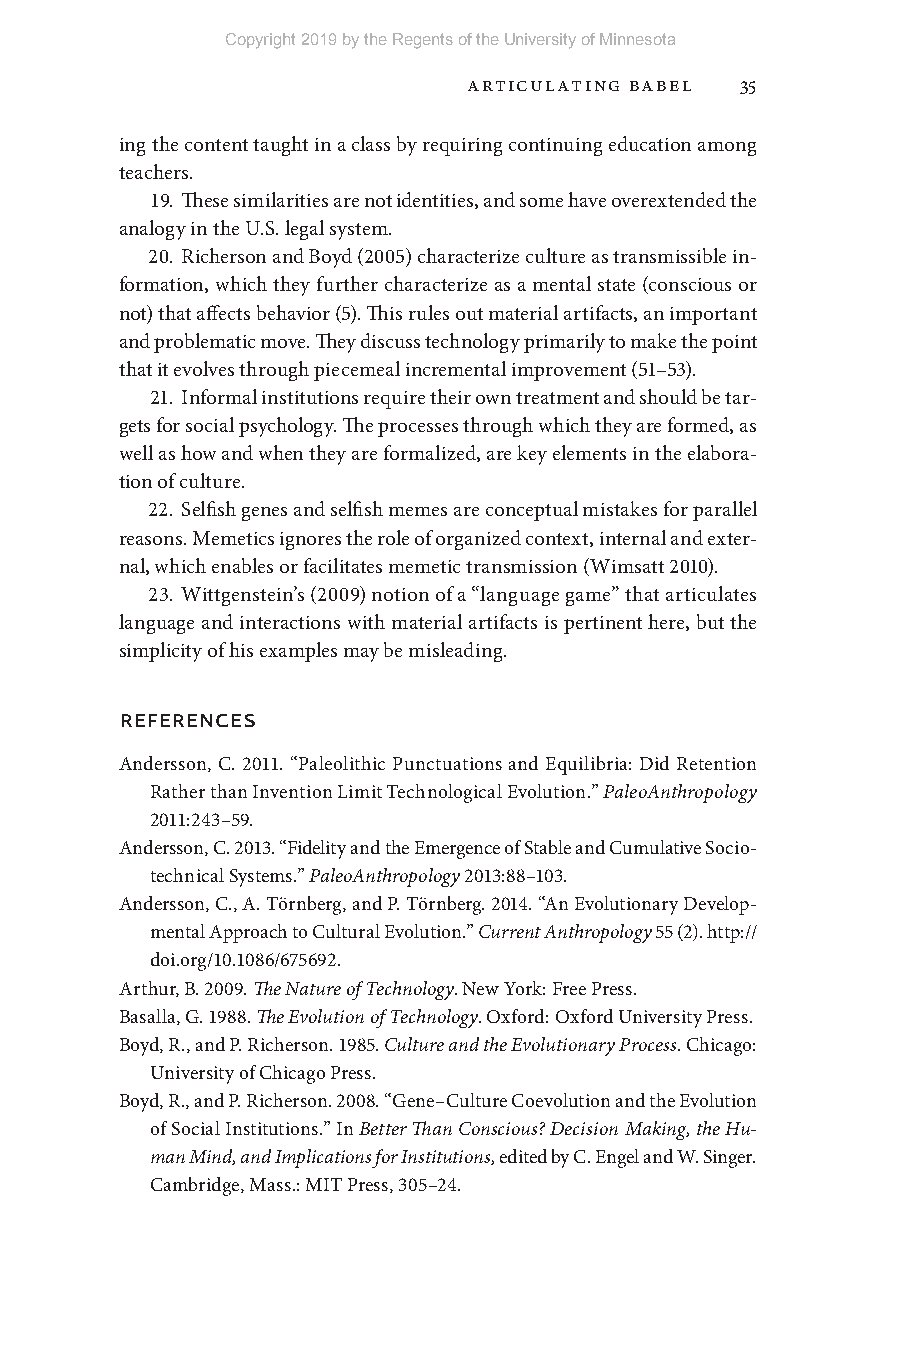
Copyright 2019 by the Regents of the University of Minnesota
 Articulating Babel 35
 ing the content taught in a class by requiring continuing education among
 teachers.
 19. These similarities are not identities, and some have overextended the
 analogy in the U.S. legal system.
 20. Richerson and Boyd (2005) characterize culture as transmissible in-
 formation, which they further characterize as a mental state (conscious or
 not) that affects behavior (5). This rules out material artifacts, an important
 and problematic move. They discuss technology primarily to make the point
 that it evolves through piecemeal incremental improvement (51– 53).
 21. Informal institutions require their own treatment and should be tar-
 gets for social psychology. The processes through which they are formed, as
 well as how and when they are formalized, are key elements in the elabora-
 tion of culture.
 22. Selfish genes and selfish memes are conceptual mistakes for parallel
 reasons. Memetics ignores the role of organized context, internal and exter-
 nal, which enables or facilitates memetic transmission (Wimsatt 2010).
 23. Wittgenstein’s (2009) notion of a “language game” that articulates
 language and interactions with material artifacts is pertinent here, but the
 simplicity of his examples may be misleading.
 reFerenCes
 Andersson, C. 2011. “Paleolithic Punctuations and Equilibria: Did Retention
 Rather than Invention Limit Technological Evolution.” PaleoAnthropology
 2011:243–5 9.
 Andersson, C. 2013. “Fidelity and the Emergence of Stable and Cumulative Socio-
 technical Systems.” PaleoAnthropology 2013:88–1 03.
 Andersson, C., A. Törnberg, and P. Törnberg. 2014. “An Evolutionary Develop-
 mental Approach to Cultural Evolution.” Current Anthropology 55 (2). http://
 doi.org/10.1086/675692.
 Arthur, B. 2009. The Nature of Technology. New York: Free Press.
 Basalla, G. 1988. The Evolution of Technology. Oxford: Oxford University Press.
 Boyd, R., and P. Richerson. 1985. Culture and the Evolutionary Process. Chicago:
 University of Chicago Press.
 Boyd, R., and P. Richerson. 2008. “Gene– Culture Coevolution and the Evolution
 of Social Institutions.” In Better Than Conscious? Decision Making, the Hu-
 man Mind, and Implications for Institutions, edited by C. Engel and W. Singer.
 Cambridge, Mass.: MIT Press, 305– 24.